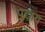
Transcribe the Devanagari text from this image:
पटाय